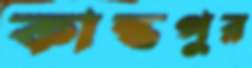
কান্তপুর